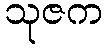
သုဇက